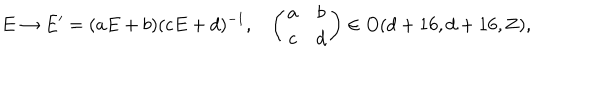
LaTeX: E \rightarrow E ^ { \prime } = ( a E + b ) ( c E + d ) ^ { - 1 } , \ \ \ \left( \begin{matrix} { { a } } & { { b } } \\ { { c } } & { { d } } \\ \end{matrix} \right) \in O ( d + 1 6 , d + 1 6 , { \bf Z } ) ,